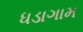
ધડાગામ